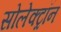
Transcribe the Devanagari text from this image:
सोलेक्ट्रॉन